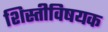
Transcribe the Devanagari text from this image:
शिस्तीविषयक